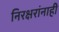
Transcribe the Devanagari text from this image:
निरक्षरांनाही